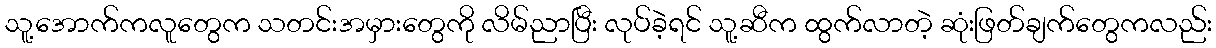
သူ့အောက်ကလူတွေက သတင်းအမှားတွေကို လိမ်ညာပြီး လုပ်ခဲ့ရင် သူ့ဆီက ထွက်လာတဲ့ ဆုံးဖြတ်ချက်တွေကလည်း